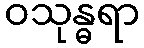
ဝသုန္ဓရာ